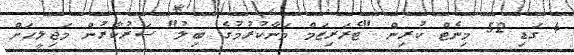
4 ގަޑި 52 މިނެޓް ކުރިން "ޓެރަރިޒަމް މަނާކުރުމުގެ ބިލު" ސަރުކާރުން މަޖިލީހަށް